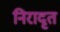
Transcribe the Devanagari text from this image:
निरादृत